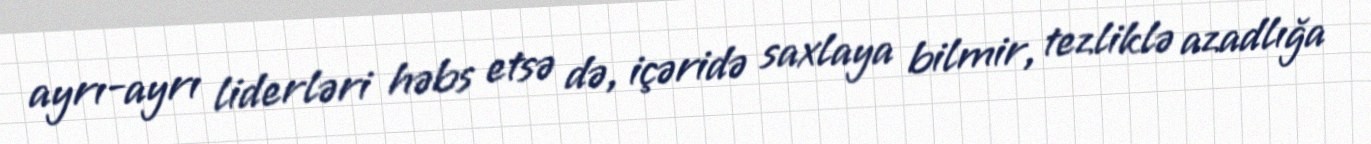
ayrı-ayrı liderləri həbs etsə də, içəridə saxlaya bilmir, tezliklə azadlığa